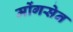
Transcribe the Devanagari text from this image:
मोंगसेन